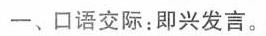
一、口语交际：即兴发言。